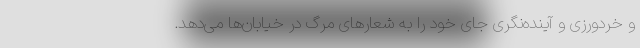
و خردورزی و آینده‌نگری جای خود را به شعارهای مرگ در خیابان‌ها می‌دهد.